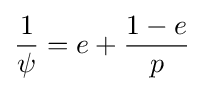
{\frac {1}{\psi }}=e+{\frac {1-e}{p}}